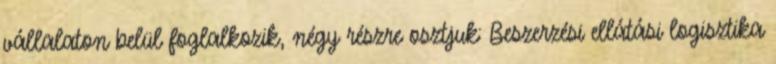
vállalaton belül foglalkozik, négy részre osztjuk: Beszerzési ellátási logisztika